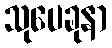
သုပေခုနာ